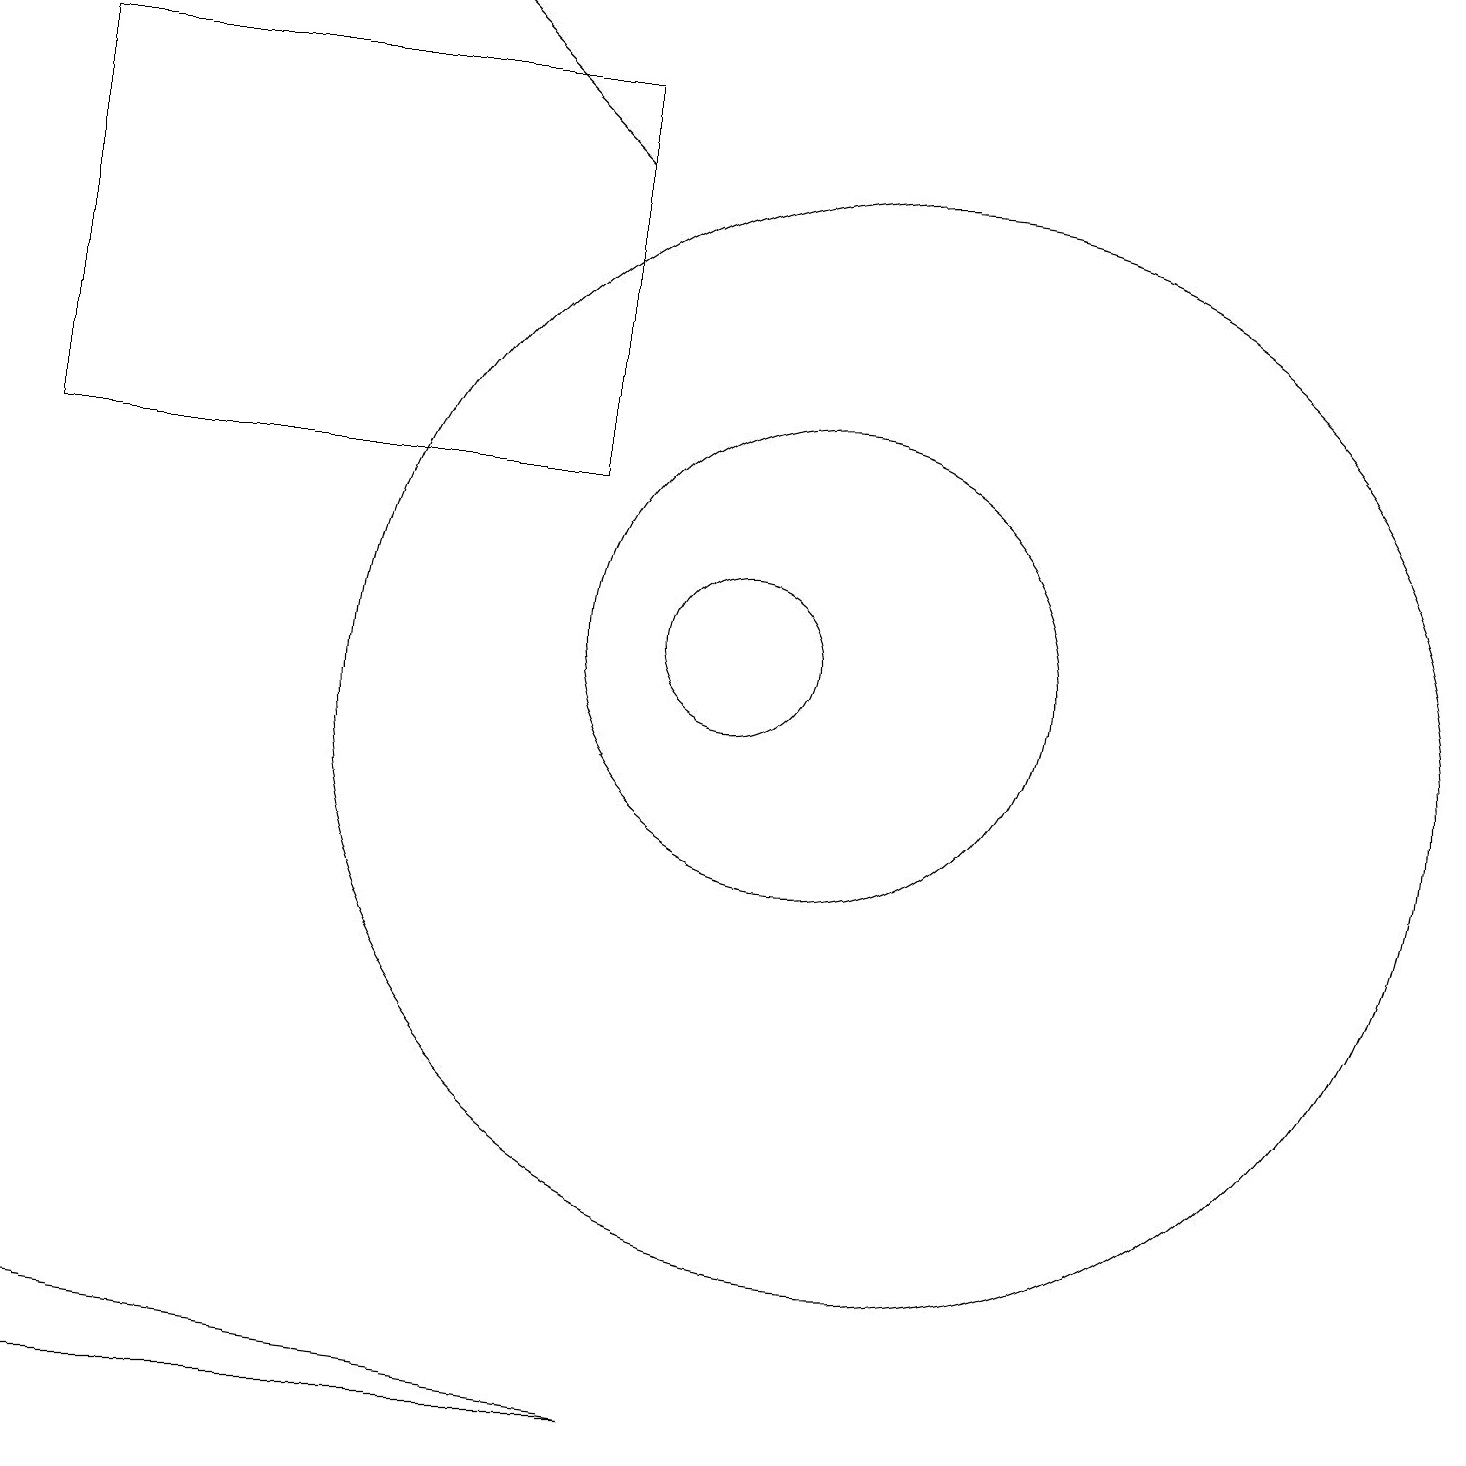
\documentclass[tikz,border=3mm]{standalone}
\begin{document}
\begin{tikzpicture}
\draw (1,2) -- (9,1) -- (1,1) -- cycle;
\draw (12,10) circle (7);
\draw[->] (8,17) -- (6,19);
\draw (11,11) circle (3);
\draw (10,11) circle (1);
\draw (8,13) rectangle (1,18);
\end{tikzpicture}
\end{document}